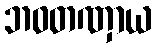
ဘဝတဏှာယ